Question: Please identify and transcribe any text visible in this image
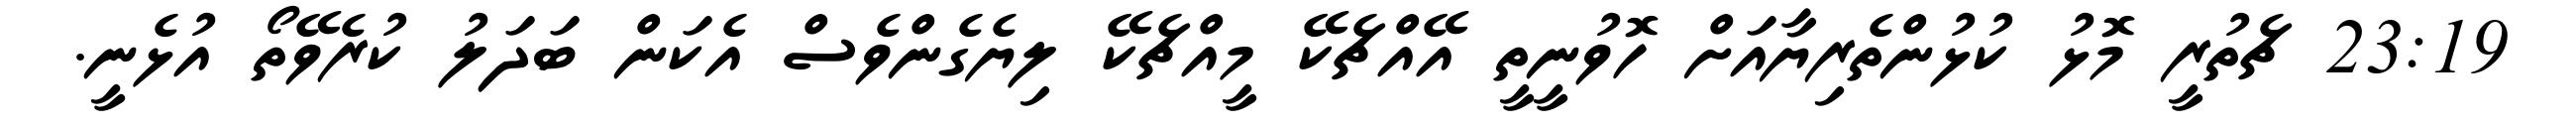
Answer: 23:19 ޗެތުރީ މޮޅު ކުޅުންތެރިޔާއަށް ހޮވުނީތީ އޭއްޗެކޭ މީއްޗެކޭ ލިޔެގެންވެސް އެކަން ބަދަލު ކުރެވޭތޯ އުޅެނީ.